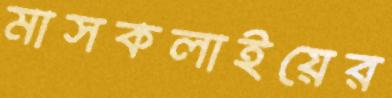
মাসকলাইয়ের